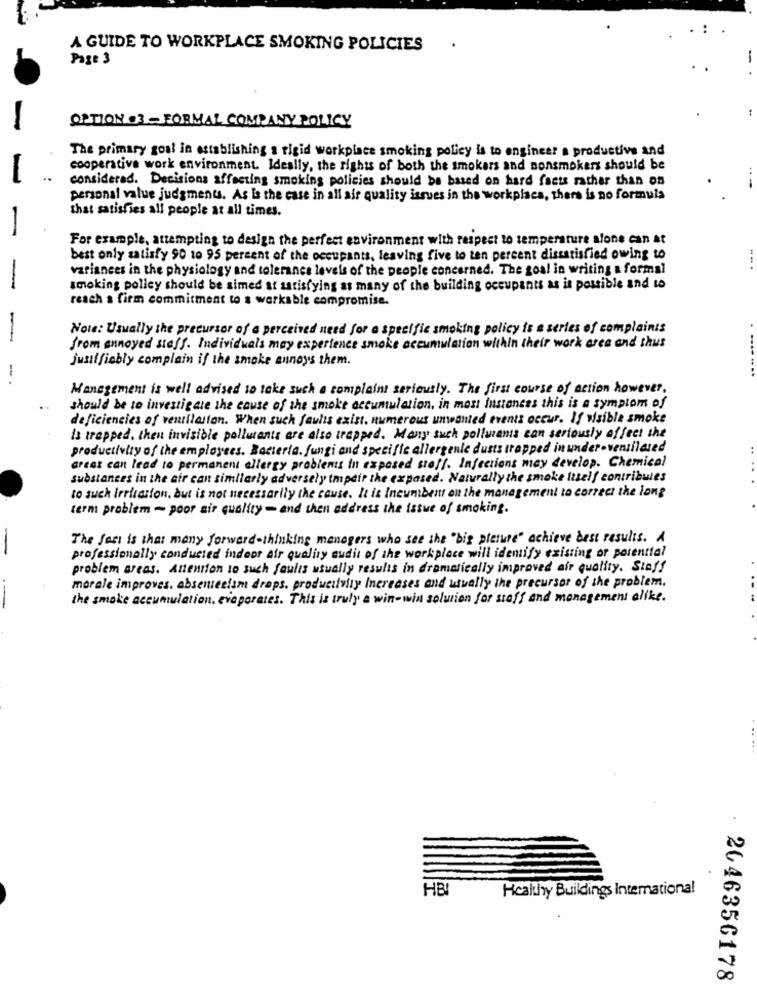
A GUIDE TO WORKPLACE SMOKING POLICIES
.
Page 3
OPTION 03 - FORMAL COMPANY POLICY
The primary goal in establishing a rigid workplace smoking policy is to engineer a productive and
cooperative work environment. Ideally, the rights of both the smokers and nonsmokers should be
considerad. Decisions affecting smoking policies should be based on hard facts rather than on
personal value judgments. As Is the case in all air quality issues in the workplace, there is no formula
that satisfies all people at all times.
For example, attempting to design the perfect environment with respect to temperature alone can at
best only satisfy 90 10 95 percent of the occupants, leaving five to ten percent dissatisfied owing to
variances in the physiology and tolerance levels of the people concerned. The goal in writing & formal
smoking polley should be aimed at satisfying as many of the building occupants as is possible and to
reach a firm commitment to a workable compromise.
Note: Usually the precursor of a perceived need for a specific smoking policy is a series of complaints
-
from annoyed staff. Individuals may experience smoke accumulation within their work area and thus
justifiably complain if the smoke annoys them.
-.
Management is well advised to take such a complaint seriously. The first course of action however,
should be to investigate the cause of the smoke accumulation, in most instances this is a symptom of
deficiencies of ventilation. When such faults exist, numerous unwanted events occur. If visible smoke
is trapped, then invisible pollutants are also trapped. Many such polluants can seriously affect the
productivity of the employees. Bacteria, fungi and specific allergenic dusts trapped in under-ventilated
creas can lead to permanent allergy problems in exposed stoff. Infections may develop. Chemical
substances in the air can similarly adversely impair the expased. Naturally the smoke Itself contributes
to such Irritation, but is not necessarily the cause. It is Incumbent on the management to correct the long
term problem - poor sir quality - and then address the issue of smoking.
The fast is that many forward-thinking managers who see the "big plate" achieve best results. A
-
professionally conducted indoor air quality audit of the workplace will identify existing or porenttal
problem areas. Attention to such faults usually results in dramatically improved air quality. Staff
morale improves. absenteeism draps, productivity Increases and usually the precursor of the problem.
-
the smoke accumulation, evaporates. This is truly a win-win solution for staff and management alike.
HB!
Healthy Buildings International
2646356178